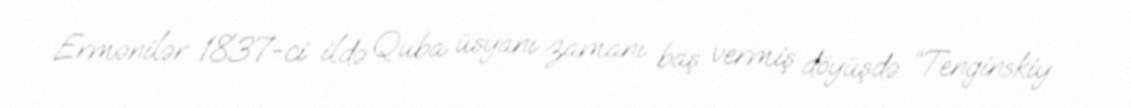
Ermənilər 1837-ci ildə Quba üsyanı zamanı baş vermiş döyüşdə “Tenginskiy